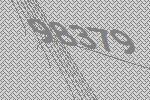
98379